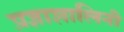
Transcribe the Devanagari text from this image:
प्रज्ञाशालिनी